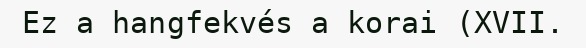
Ez a hangfekvés a korai (XVII.